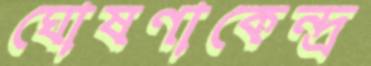
ঘোষণাকেন্দ্র